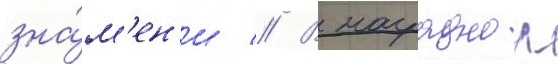
зна́м'ен'и // В наградном